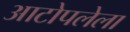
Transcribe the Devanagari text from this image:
आटोपलेला